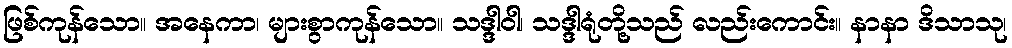
ဖြစ်ကုန်သော။ အနေကာ၊ များစွာကုန်သော။ သဒ္ဒါဝါ၊ သဒ္ဒါရုံတို့သည် လည်းကောင်း။ နာနာ ဒိသာသု၊